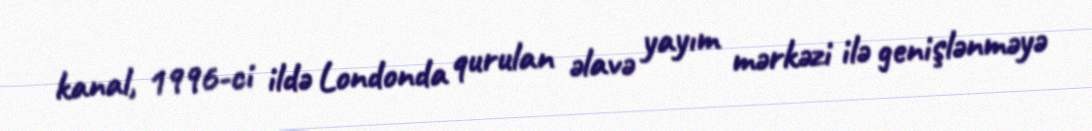
kanal, 1996-ci ildə Londonda qurulan əlavə yayım mərkəzi ilə genişlənməyə